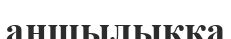
аңшылыққа